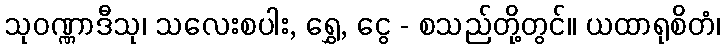
သုဝဏ္ဏာဒီသု၊ သလေးစပါး, ရွှေ, ငွေ - စသည်တို့တွင်။ ယထာရုစိတံ၊